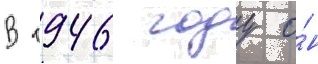
В 1946 году о́н